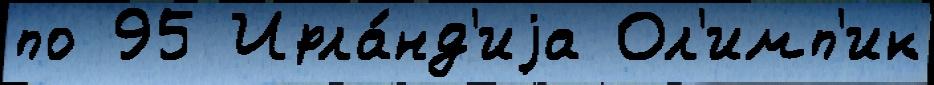
по 95 Ирла́нд'иjа Ол'имп'ик